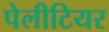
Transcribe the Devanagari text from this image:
पेलीटियर